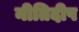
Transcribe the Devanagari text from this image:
नीतिदीप